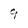
Character: 9